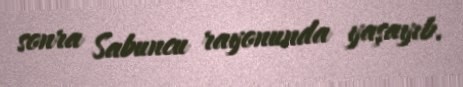
sonra Sabuncu rayonunda yaşayıb.